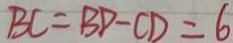
B C = B D - C D = 6